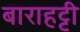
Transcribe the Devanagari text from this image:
बाराहट्टी